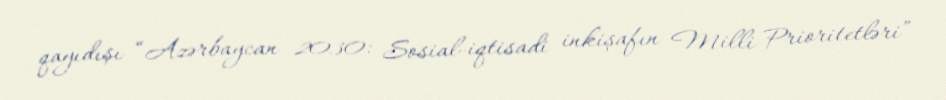
qayıdışı “Azərbaycan 2030: Sosial-iqtisadi inkişafın Milli Prioritetləri”